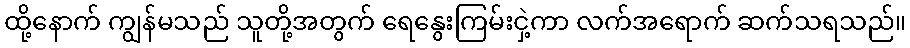
ထို့နောက် ကျွန်မသည် သူတို့အတွက် ရေနွေးကြမ်းငှဲ့ကာ လက်အရောက် ဆက်သရသည်။